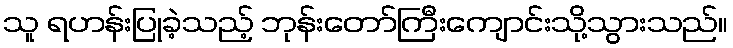
သူ ရဟန်းပြုခဲ့သည့် ဘုန်းတော်ကြီးကျောင်းသို့သွားသည်။